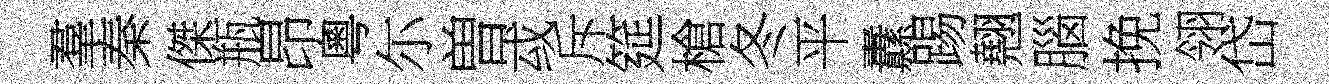
羣秦傑瓶昂粵尓曽㦯斥筵槍冬平纛踢翹腦挽翎岱